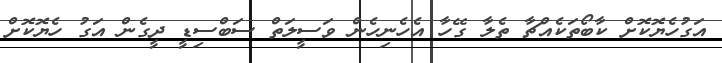
އަގުހެޔޮކޮށް ކާބޯތަކެއްޗާ ތެލާ ގޭހާ އެހެނިހެން ވަސީލަތް ސަބްސިޑީ ދީގެން އަގު ހެޔޮކޮށް